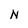
Character: N